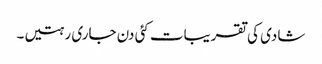
شادی کی تقریبات کئی دن جاری رہتیں۔